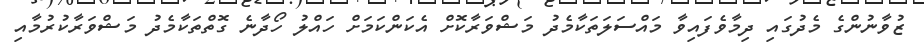
ޒުވާނުންގެ މެދުގައި ދިމާވެފައިވާ މައްސަލަތަކާމެދު މަޝްވަރާކޮށް އެކަންކަމަށް ހައްލު ހޯދާނެ ގޮތްތަކާމެދު މަޝްވަރާކުރުމާއި